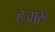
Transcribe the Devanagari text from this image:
हजारू